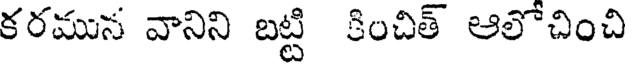
కరముస వానిని బట్టి కించిత్ ఆలోచించి